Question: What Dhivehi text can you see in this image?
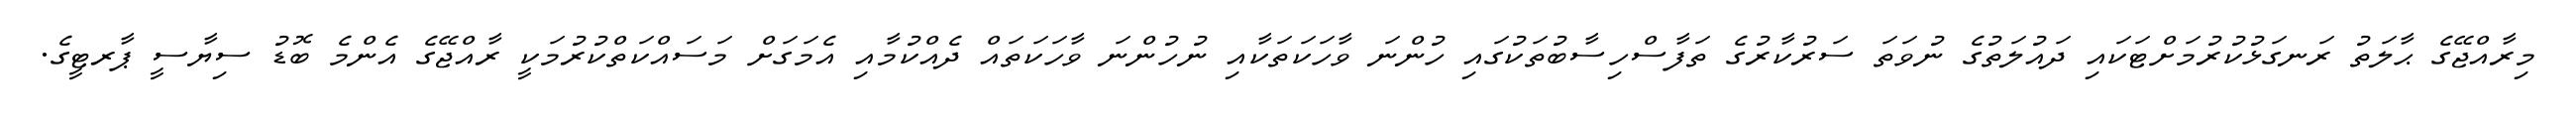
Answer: މިރާއްޖޭގެ ޙާލަތު ރަނގަޅުކުރުމަށްޓަކައި ދައުލަތުގެ ނުވަތަ ސަރުކާރުގެ ތަފާސްހިސާބުތަކުގައި ހުންނަ ވާހަކަތަކާއި ނުހުންނަ ވާހަކަތައް ދެއްކުމާއި އެމަގަށް މަސައްކަތްކުރުމަކީ ރާއްޖޭގެ އެންމެ ބޮޑު ސިޔާސީ ޕާރޓީގެ.